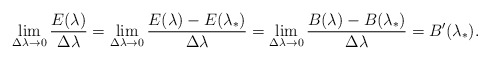
\begin{align*}\lim_{\Delta\lambda\rightarrow 0}\frac{E(\lambda)}{\Delta\lambda}=\lim_{\Delta\lambda\rightarrow 0}\frac{E(\lambda)-E(\lambda_*)}{\Delta\lambda}=\lim_{\Delta\lambda\rightarrow 0}\frac{B(\lambda)-B(\lambda_*)}{\Delta\lambda}=B^{\prime}(\lambda_*).\end{align*}